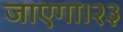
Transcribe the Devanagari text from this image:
जाएगा।२३